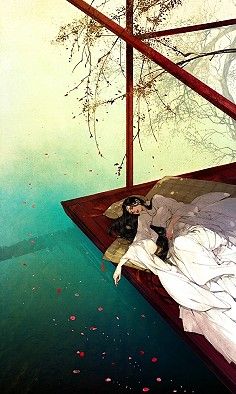
雨打梨花深闭门，忘了青春，误了青春。